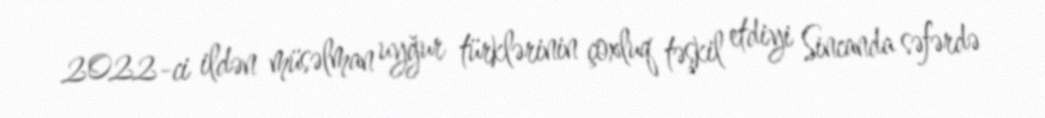
2022-ci ildən müsəlman uyğur türklərinin çoxluq təşkil etdiyi Sincanda səfərdə